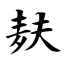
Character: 麸